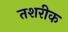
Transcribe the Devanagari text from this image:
तशरीक